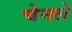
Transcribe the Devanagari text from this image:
चेनले